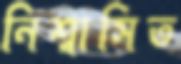
নিশ্বাসিত